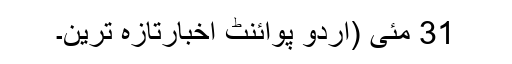
31 مئی (اُردو پوائنٹ اخبارتازہ ترین۔